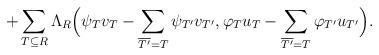
LaTeX: \begin{align*}+\sum_{T\subseteq R}\Lambda_R\Big( \psi_{T}v_T - \sum_{\overline{T'}=T} \psi_{T'}v_{T'}, \varphi_{T}u_{T}- \sum_{\overline{T'}=T}\varphi_{T'}u_{T'}\Big).\end{align*}